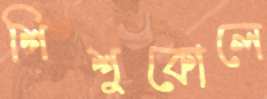
শিশুকোলে